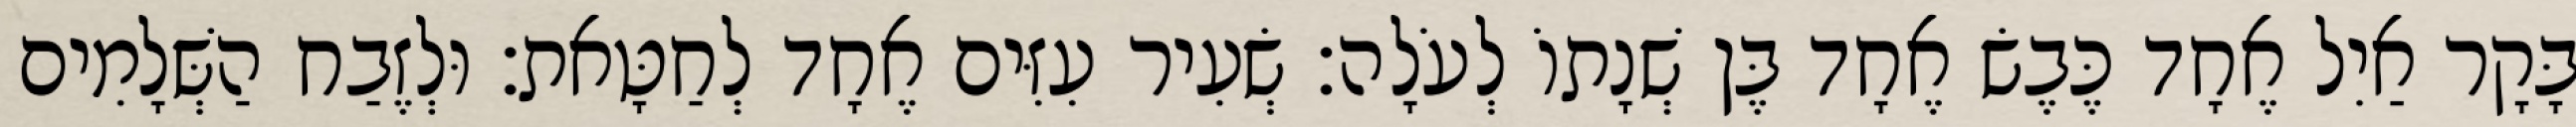
בָּקָר אַיִל אֶחָד כֶּבֶשׂ אֶחָד בֶּן שְׁנָתוֹ לְעֹלָה׃ שְׂעִיר עִזִּים אֶחָד לְחַטָּאת׃ וּלְזֶבַח הַשְּׁלָמִים